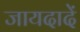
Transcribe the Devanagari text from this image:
जायदादें